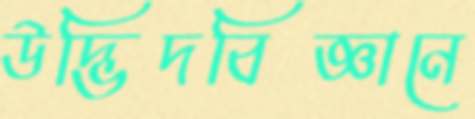
উদ্ভিদবিজ্ঞানে